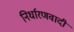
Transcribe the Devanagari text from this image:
निर्धारणवादी